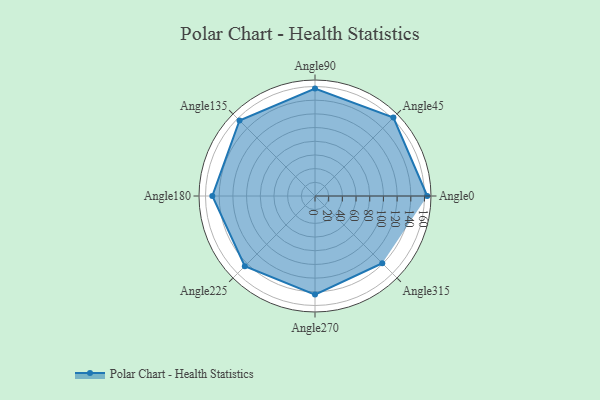
{"axis": {"x": "Angle", "y": "Radius"}, "legend": [""], "data": [{"x": "Angle0", "y": 164.0, "type": ""}, {"x": "Angle45", "y": 162.0, "type": ""}, {"x": "Angle90", "y": 157.0, "type": ""}, {"x": "Angle135", "y": 156.0, "type": ""}, {"x": "Angle180", "y": 150.0, "type": ""}, {"x": "Angle225", "y": 145.0, "type": ""}, {"x": "Angle270", "y": 144.0, "type": ""}, {"x": "Angle315", "y": 139.0, "type": ""}]}